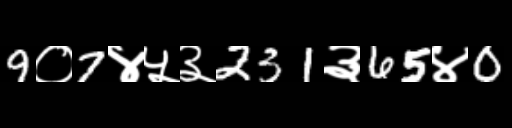
Text: 9०7४५३231३65४0